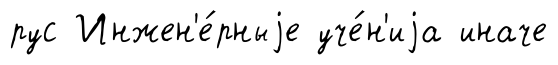
рус Инжен'е́рныjе уче́н'иjа иначе